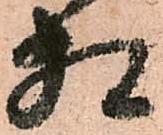
相